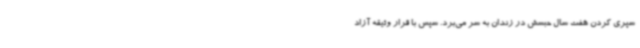
سپری کردن هفت سال حبسش در زندان به سر می‌برد. سپس با قرار وثیقه آزاد